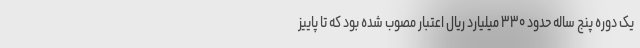
یک دوره پنج ساله حدود ۳۳۰ میلیارد ریال اعتبار مصوب شده بود که تا پاییز